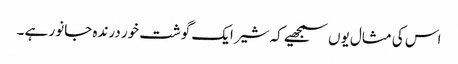
اس کی مثال یوں سمجھیے کہ شیر ایک گوشت خور درندہ جانور ہے ۔